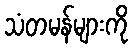
သံတမန်များကို